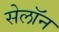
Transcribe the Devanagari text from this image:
सेलॉन